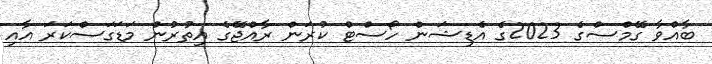
ބާއްވާ ގޭމްސްގެ 2023ގެ އެޑިޝަން ހޯސްޓް ކުރަން ރާއްޖޭގެ އިތުރުން މަޑަގަސްކަރަ އާއި